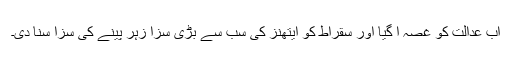
اب عدالت کو غصہ آ گیا اور سقراط کو ایتھنز کی سب سے بڑی سزا زہر پینے کی سزا سنا دی۔